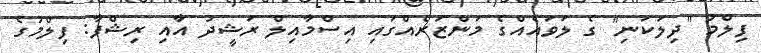
ފިލްމު "ދިލަކަނި" ގެ ލަވައެއްގެ މަންޒަރެއްގައި އިސްމާއިލް ރަޝީދު އާއި ރިޝްފާ: ފިލްމުގެ